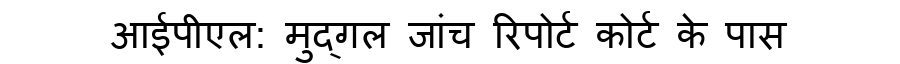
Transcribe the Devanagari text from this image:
आईपीएल: मुद्गल जांच रिपोर्ट कोर्ट के पास